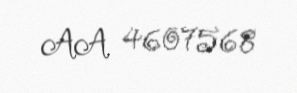
AA 4607568